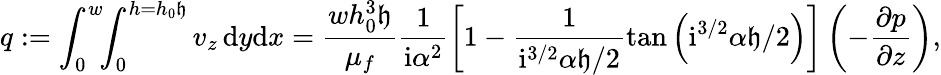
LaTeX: q:=\int_{0}^{w}\! \! \int_{0}^{h=h_{0}\mathfrak{h}}v_{z}\, \mathrm{d}y\mathrm{d}x=\frac{wh_{0}^{3}\mathfrak{h}}{\mu_{f}}\frac{1}{\mathrm{i}\alpha^{2}}\left[1-\frac{1}{\mathrm{i}^{3/2}{\alpha}\mathfrak{h}/2}\tan\left(\mathrm{i}^{3/2}{\alpha}\mathfrak{h}/2\right)\right]\left(-\frac{\partial p}{\partial z}\right),